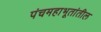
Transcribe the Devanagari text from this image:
पंचमहाभूतांतील